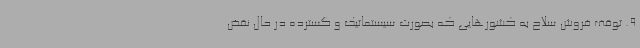
9. توقف فروش سلاح به کشورهایی که بصورت سیستماتیک و گسترده در حال نقض